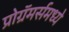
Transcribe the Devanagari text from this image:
प्रोग्रॅमर्समध्ये